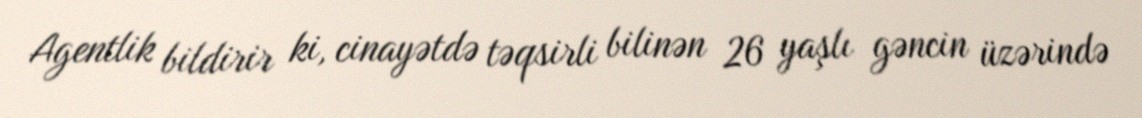
Agentlik bildirir ki, cinayətdə təqsirli bilinən 26 yaşlı gəncin üzərində